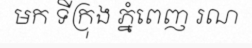
មក ទីក្រុង ភ្នំពេញ រណ